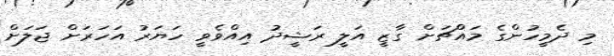
މި ދެމީހުންގެ މައްޗަށް ގާޒީ އަލީ ރަޝީދު އިއްވެވީ ހަޔަރު އަހަރަށް ޖަލަށް